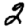
Digit: 2